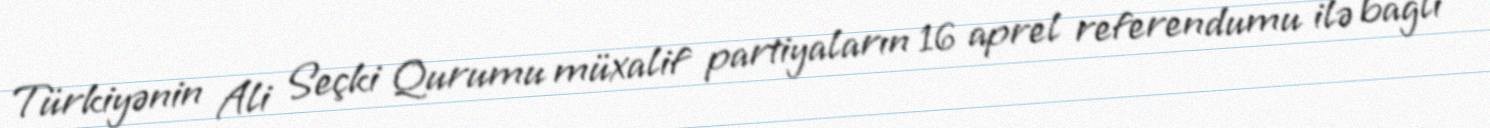
Türkiyənin Ali Seçki Qurumu müxalif partiyaların 16 aprel referendumu ilə bağlı